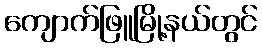
ကျောက်ဖြူမြို့နယ်တွင်